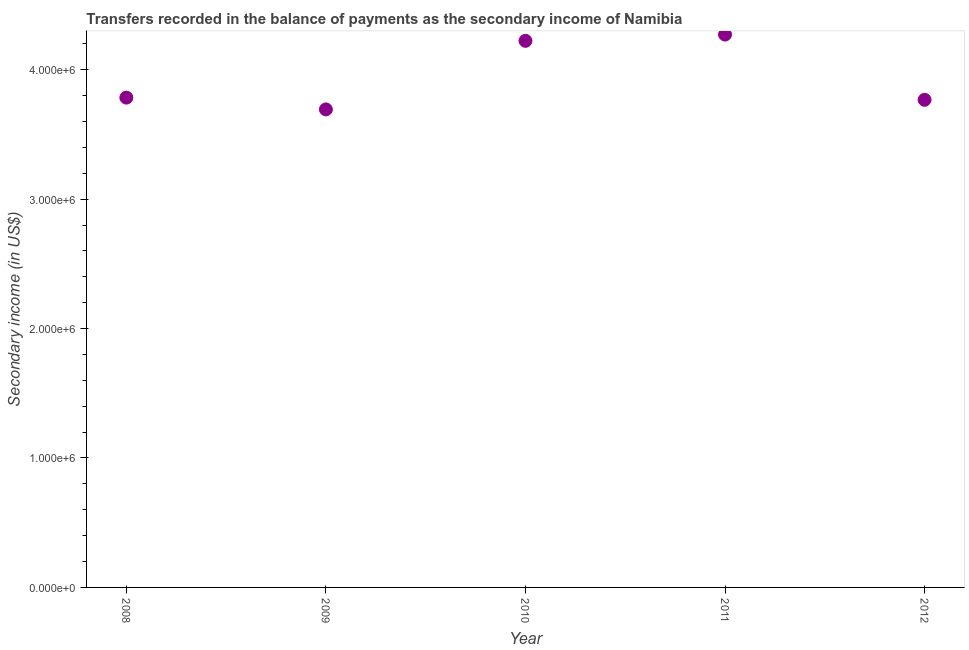
| Year | Secondary income |
 | --- | --- |
 | 2008 | 3.78e+06 |
 | 2009 | 3.69e+06 |
 | 2010 | 4.22e+06 |
 | 2011 | 4.27e+06 |
 | 2012 | 3.77e+06 |